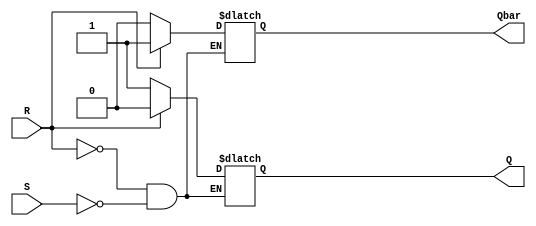
module sr_flipflop (
    input S, // Set input
    input R, // Reset input
    output reg Q, // output
    output reg Qbar // inverted output
);

always @(S, R)
begin
    if (R)
    begin
        Q <= 0;
        Qbar <= 1;
    end
    else if (S)
    begin
        Q <= 1;
        Qbar <= 0;
    end
end

endmodule